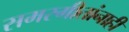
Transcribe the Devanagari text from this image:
समरगीतांनाही